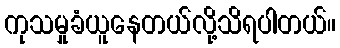
ကုသမှုခံယူနေတယ်လို့သိရပါတယ်။